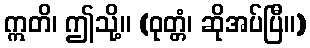
ဣတိ၊ ဤသို့။ (ဝုတ္တံ၊ ဆိုအပ်ပြီ။)